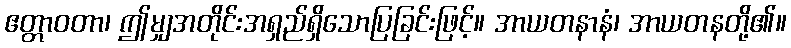
ဧတ္တာဝတာ၊ ဤမျှအတိုင်းအရှည်ရှိသောပြခြင်းဖြင့်။ အာယတနာနံ၊ အာယတနတို့၏။